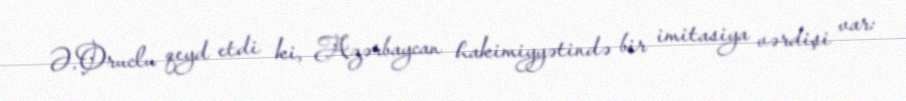
Ə.Oruclu qeyd etdi ki, Azərbaycan hakimiyyətində bir imitasiya vərdişi var: